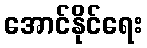
အောင်နိုင်ရေး